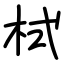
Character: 栻